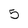
Character: 5